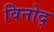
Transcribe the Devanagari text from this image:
विनोद्